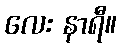
လေး နာရီ။